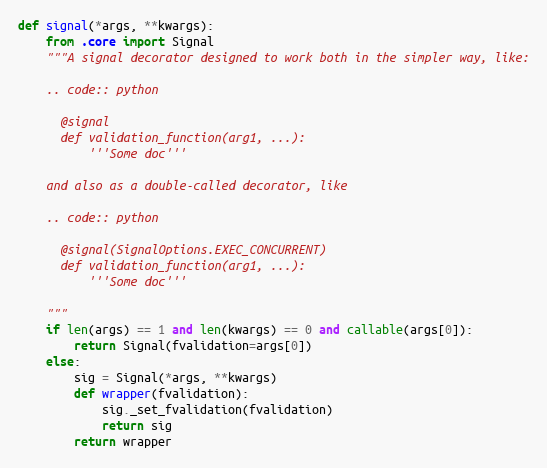
Language: Python
def signal(*args, **kwargs):
    from .core import Signal
    """A signal decorator designed to work both in the simpler way, like:

    .. code:: python

      @signal
      def validation_function(arg1, ...):
          '''Some doc'''

    and also as a double-called decorator, like

    .. code:: python

      @signal(SignalOptions.EXEC_CONCURRENT)
      def validation_function(arg1, ...):
          '''Some doc'''

    """
    if len(args) == 1 and len(kwargs) == 0 and callable(args[0]):
        return Signal(fvalidation=args[0])
    else:
        sig = Signal(*args, **kwargs)
        def wrapper(fvalidation):
            sig._set_fvalidation(fvalidation)
            return sig
        return wrapper